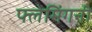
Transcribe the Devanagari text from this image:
फ्लेमिंगनी